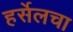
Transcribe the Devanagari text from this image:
हर्सेलचा